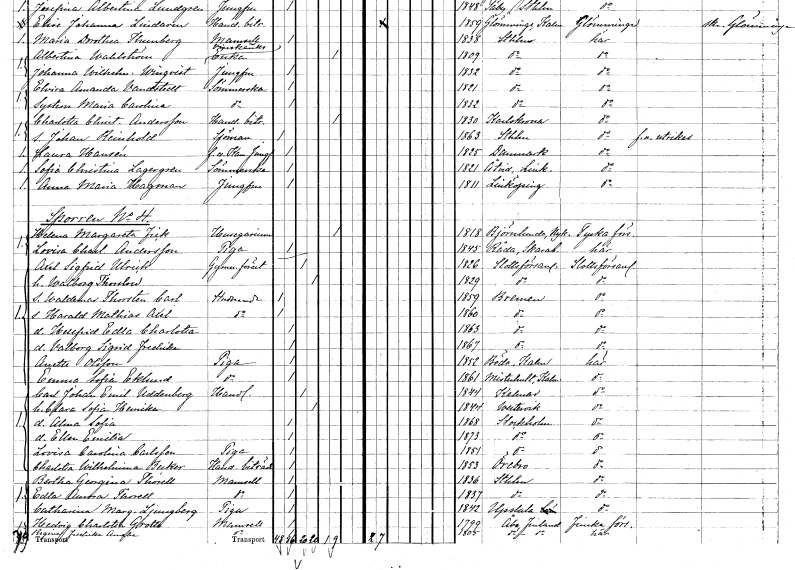
gt_parse: households: individuals: FN: Helena Margareta
EN: Frick
YRKE: Husägarinna
KON: K
CIV: E
FODAR: 1818
FODFORS: Björnlunda Södermanlands län
FN: Lovisa Charlotta
EN: Andersson
YRKE: Piga
KON: K
CIV: O
FODAR: 1845
FODFORS: Råda Skaraborgs län
FN: Axel Sigfrid
EN: Ulrick
YRKE: Gymnasieföreståndare
KON: M
CIV: G
FODAR: 1826
FODFORS: Slottsförsamlingen Stockholms stad
FN: Walborg
EN: Thorslow
KON: K
CIV: G
FODAR: 1829
FODFORS: Slottsförsamlingen Stockholms stad
FN: Waldemar Thorsten Carl
YRKE: Studerande
KON: M
CIV: O
FODAR: 1859
FN: Harald Mathias Axel
YRKE: Studerande
KON: M
CIV: O
FODAR: 1860
FN: Hellfrid Edla Charlotta
KON: K
CIV: O
FODAR: 1863
FN: Valborg Sigrid Fredrika
KON: K
CIV: O
FODAR: 1867
FN: Anette
EN: Olsson
YRKE: Piga
KON: K
CIV: O
FODAR: 1852
FODFORS: Böda Kalmar län
FN: Emma Sofia
EN: Eklund
YRKE: Piga
KON: K
CIV: O
FODAR: 1861
FODFORS: Misterhult Kalmar län
FN: Carl Johan Emil
EN: Uddenberg
YRKE: Handlande
KON: M
CIV: G
FODAR: 1844
FODFORS: Kalmar Kalmar län
FN: Clara Sofia Henrika
KON: K
CIV: G
FODAR: 1844
FODFORS: Västervik Kalmar län
FN: Alma Sofia
KON: K
CIV: O
FODAR: 1868
FODFORS: Stockholm
FN: Ellen Emilia
KON: K
CIV: O
FODAR: 1873
FODFORS: Stockholm
FN: Lovisa Carolina
EN: Carlsson
YRKE: Piga
KON: K
CIV: O
FODAR: 1851
FODFORS: Stockholm
FN: Charlotta Wilhelmina
EN: Becker
YRKE: Handelsbiträde
KON: K
CIV: O
FODAR: 1853
FODFORS: Örebro Örebro län
FN: Bertha Georgina
EN: Thorell
KON: K
CIV: O
FODAR: 1836
FODFORS: Stockholm
FN: Edla Aurora
EN: Thorell
KON: K
CIV: O
FODAR: 1837
FODFORS: Stockholm
FN: Catharina Margareta
EN: Ljungberg
YRKE: Piga
KON: K
CIV: O
FODAR: 1842
FODFORS: Uppsala Uppsala län
FN: Hedvig Charlotta
EN: Grotte
KON: K
CIV: O
FODAR: 1799
FN: Regina Fredrika Amalia
KON: K
CIV: O
FODAR: 1805